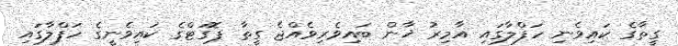
ގީތާގެ ކައިވެނި ހަފްލާގައި އާމިރު ޚާން ބައިވެރިވެއްޖެ ގީތާ ޕޮގަޓްގެ ކައިވެނީގެ ހަފްލާގައި